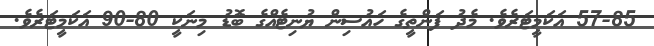
57-85 އަކަމީޓަރެވެ. މެދު ފަންތީގެ ހައުސިން ޔުނިޓެއްގެ ބޮޑު މިނަކީ 80-90 އަކަމީޓަރެވެ.